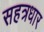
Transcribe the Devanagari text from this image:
सहत्रधार